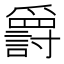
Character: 𬋷